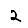
Digit: 2